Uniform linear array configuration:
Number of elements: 24
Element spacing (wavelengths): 0.25
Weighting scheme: kaiser
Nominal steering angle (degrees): -30
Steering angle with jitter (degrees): -31.507
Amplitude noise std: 0.05
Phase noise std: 0.05

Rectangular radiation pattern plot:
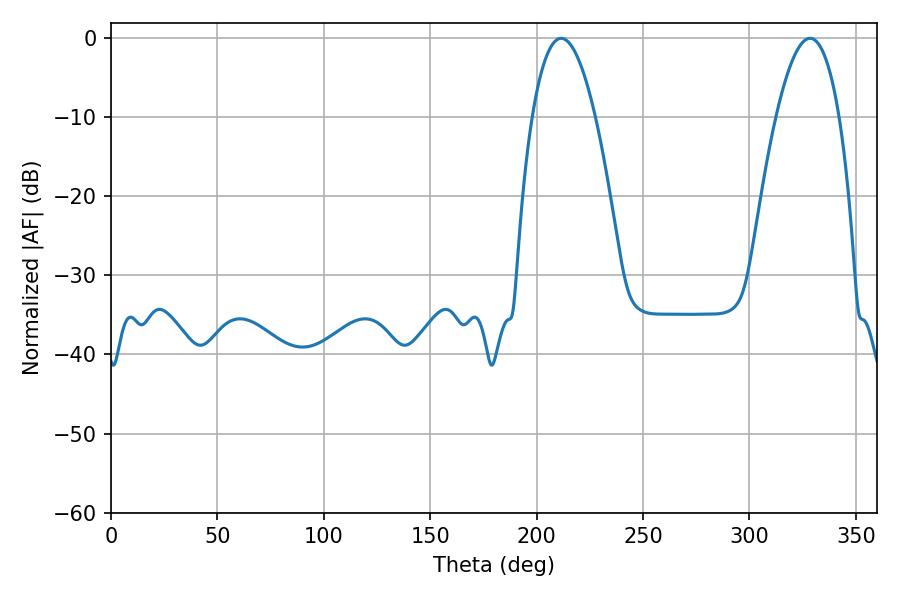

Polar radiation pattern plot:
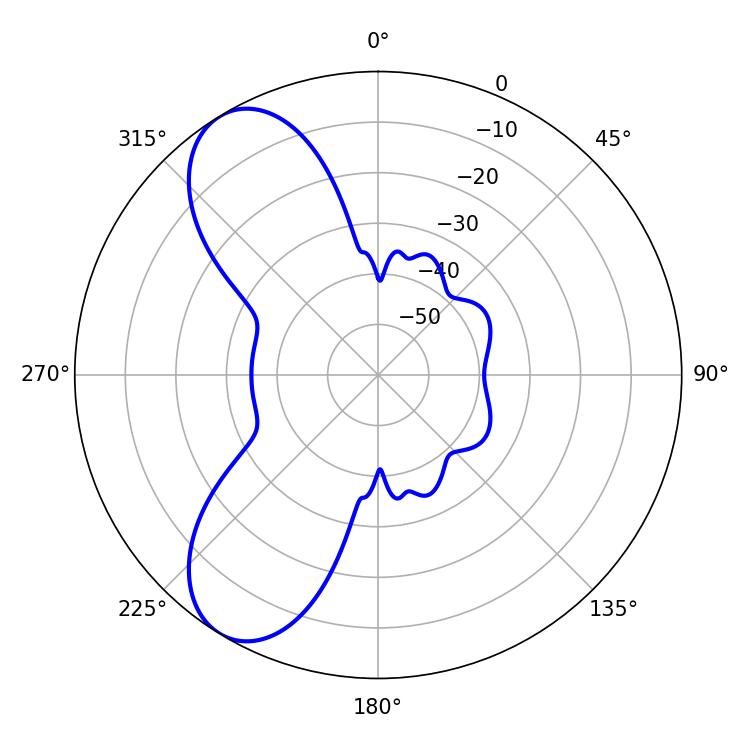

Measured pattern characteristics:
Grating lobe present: FALSE
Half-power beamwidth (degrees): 16.38
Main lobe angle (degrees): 211.5